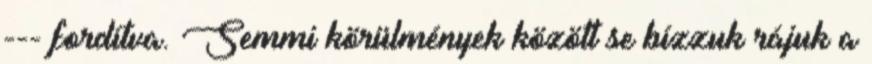
--- fordítva. Semmi körülmények között se bízzuk rájuk a